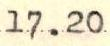
17.20